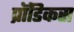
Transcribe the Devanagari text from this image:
प्रॉडिकस